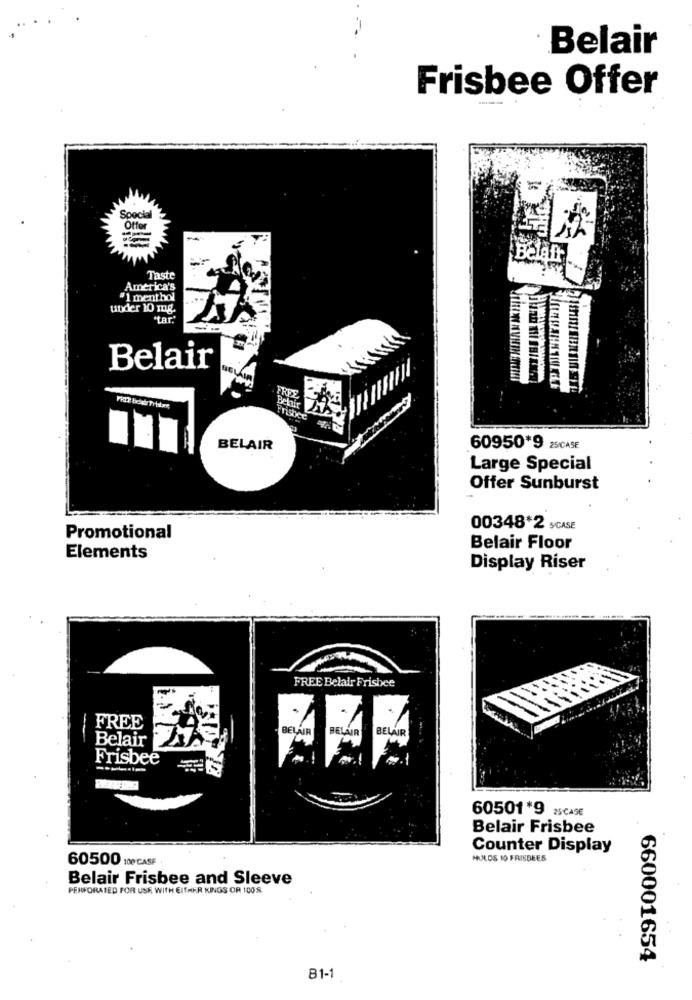
Belair
Frisbee Offer
Special
Offer
-
Belafr
Taste
America's
"1 menthol
under 10 mg.
tar."
--
Belair
FRES
Fi bolade Prisbare
Belair
BELAIR
60950*9 25/CASE
Large Special
Offer Sunburst
00348*2 SCASE
Promotional
Belair Floor
Elements
Display Riser
FREE Belair Frisbee
FREE
BELAIR
Belair
BELAIR
Frisbee
60501*9 25CASE
Belair Frisbee
Counter Display
60500 100 CASE
HULDS 10 FRAISDEES
Belair Frisbee and Sleeve
PERFORATED FOR USE WITH EITHER KINGS OR 1008
660001654
81-1